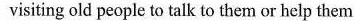
visiting old people to talk to them or help them